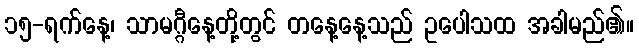
၁၅-ရက်နေ့၊ သာမဂ္ဂီနေ့တို့တွင် တနေ့နေ့သည် ဥပေါသထ အခါမည်၏။